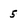
Character: 5